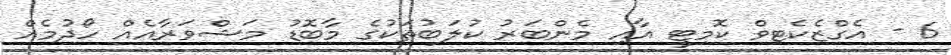
6 - އެގްޒެކެޓިވް ކޮމިޓީ އާއި މެންބަރު ކުލަބުތަކުގެ މާބޮޑު މަޝްވަރާއެއް ހޯދުމެއް